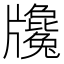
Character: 㸥